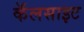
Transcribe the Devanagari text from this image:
कॅलसाइट